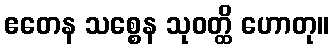
ဧတေန သစ္စေန သုဝတ္ထိ ဟောတု။